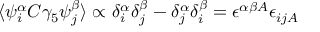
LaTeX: \langle \psi _ { i } ^ { \alpha } C \gamma _ { 5 } \psi _ { j } ^ { \beta } \rangle \propto \delta _ { i } ^ { \alpha } \delta _ { j } ^ { \beta } - \delta _ { j } ^ { \alpha } \delta _ { i } ^ { \beta } = \epsilon ^ { \alpha \beta A } \epsilon _ { i j A }